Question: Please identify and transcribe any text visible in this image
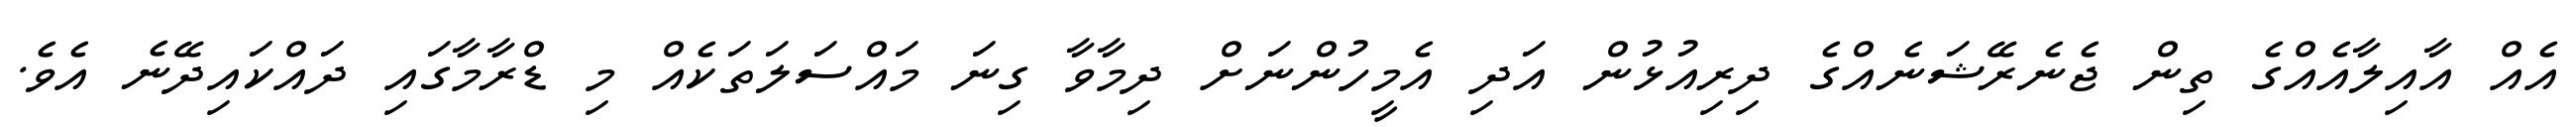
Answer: އެއް އާއިލާއެއްގެ ތިން ޖެނެރޭޝަނެއްގެ ދިރިއުޅުން އަދި އެމީހުންނަށް ދިމާވާ ގިނަ މައްސަލަތަކެއް މި ޑްރާމާގައި ދައްކައިދޭނެ އެވެ.